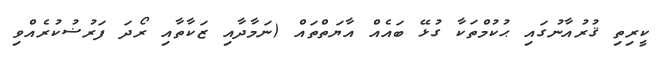
ކީރިތި ޤުރުއާނުގައި ޙުކުމްތަކާ ގުޅޭ ބައެއް އާޔަތްތައް (ނަމާދާއި ޒަކާތާއި ރޯދަ ފަރުޟުކުރެއްވި